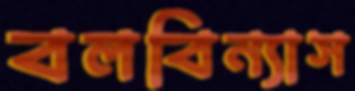
বলবিন্যাস